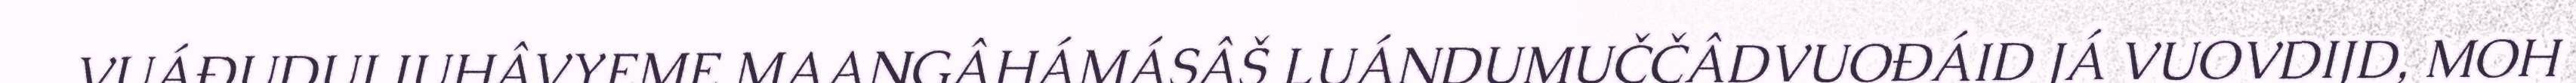
VUÁĐUDUI JUHÂVYEME MAAŊGÂHÁMÁSÂŠ LUÁNDUMUČČÂDVUOĐÁID JÁ VUOVDIJD, MOH